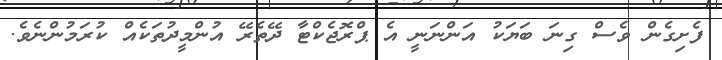
ފެށިގެން ވެސް ގިނަ ބަޔަކު އަންނަނީ އެ ޕްރޮޖެކްޓާ ދޭތެރޭ އުންމީދުތަކެއް ކުރަމުންނެވެ.